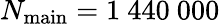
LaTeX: N_{\mathrm{main}}=1~440~000